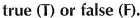
true(T)or false(F).